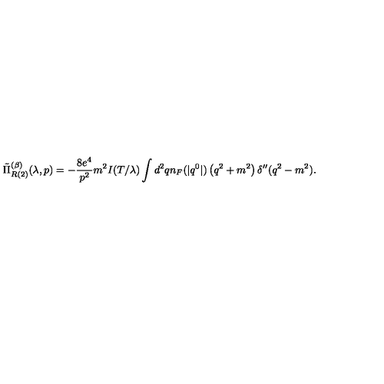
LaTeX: \tilde { \Pi } _ { R { ( 2 ) } } ^ { ( \beta ) } ( \lambda , p ) = - \frac { 8 e ^ { 4 } } { p ^ { 2 } } m ^ { 2 } I ( T / \lambda ) \int d ^ { 2 } q n _ { F } ( | q ^ { 0 } | ) \left( q ^ { 2 } + m ^ { 2 } \right) \delta ^ { \prime \prime } ( q ^ { 2 } - m ^ { 2 } ) .